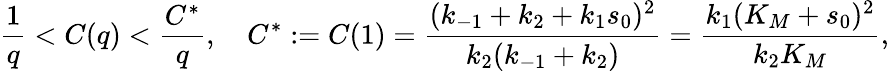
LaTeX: \frac 1q<C(q)<\frac{C^{*}}{q},\quad C^{*}:=C(1)=\frac{(k_{-1}+k_{2}+k_{1}s_{0})^{2}}{k_{2}(k_{-1}+k_{2})}=\frac{k_{1}(K_{M}+s_{0})^{2}}{k_{2}K_{M}},